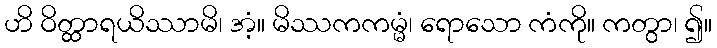
ဟိ ဝိတ္ထာရယိဿာမိ၊ အံ့။ မိဿကကမ္မံ၊ ရောသော ကံကို။ ကတွာ၊ ၍။